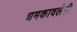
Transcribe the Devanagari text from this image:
धमकावलेही